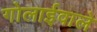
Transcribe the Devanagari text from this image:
गोलाईवाले